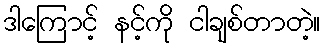
ဒါကြောင့် နင့်ကို ငါချစ်တာတဲ့။